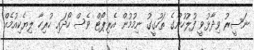
ނަސީރު ވިދާޅުވީ ފުލުހުންގެ ތަހުގީގު ނިމުމުން އެރިޕޯޓް ވެސް ހޯދައި ހުރިހާ ލިޔެކިއުމެއް